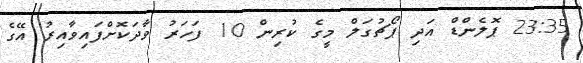
23:35 ޕޮލެންޑް އަދި ޕޯޗުގަލް މީގެ ކުރިން 10 ފަހަރު ވާދަކޮށްފައިވާއިރު އޭގެ